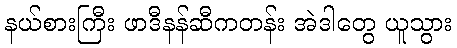
နယ်စားကြီး ဖာဒီနန်ဆီကတန်း အဲဒါတွေ ယူသွား